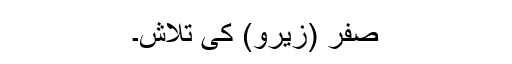
صفر (زیرو) کی تلاش۔